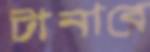
টানাবে